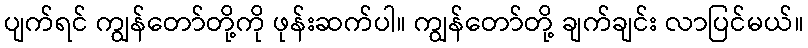
ပျက်ရင် ကျွန်တော်တို့ကို ဖုန်းဆက်ပါ။ ကျွန်တော်တို့ ချက်ချင်း လာပြင်မယ်။